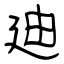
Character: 廸